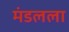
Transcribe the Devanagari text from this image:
मंडलला